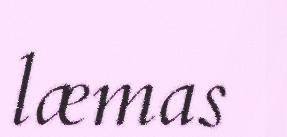
læmas